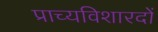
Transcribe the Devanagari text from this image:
प्राच्यविशारदों